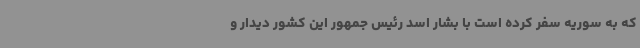
که به سوریه سفر کرده است با بشار اسد رئیس جمهور این کشور دیدار و